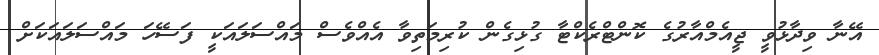
އޭނާ ވިދާޅުވީ ޖީއެމްއާރުގެ ކޮންޓްރެކްޓާ ގުޅިގެން ކުރިމަތިވާ އެއްވެސް މައްސަލައަކީ ފަސޭހަ މައްސަލައަކަށް